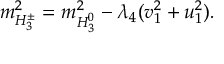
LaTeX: V _ { \mathrm { e x t } } = \varepsilon \tau _ { 3 } e ^ { - i { \bf q } . { \bf r } } e ^ { - i ( \omega + i \eta ) t } ,